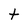
Character: t